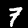
Digit: 7